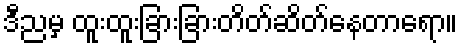
ဒီညမှ ထူးထူးခြားခြားတိတ်ဆိတ်နေတာရော။